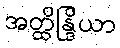
အတ္ထိန္ဒြိယာ